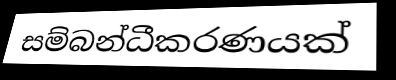
සම්බන්ධීකරණයක්